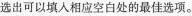
选出可以填人相应空白处的最佳选项。